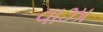
વાઝા